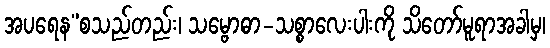
အပရေန”စသည်တည်း၊ သမ္ဗောဓာ-သစ္စာလေးပါးကို သိတော်မူရာအခါမှ၊